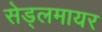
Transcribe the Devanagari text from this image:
सेड्लमायर